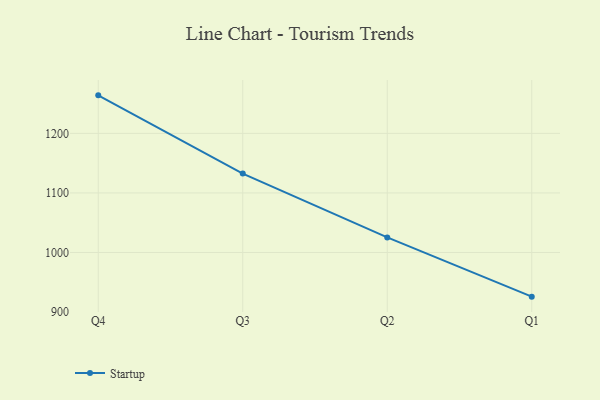
{"axis": {"x": "Quarter", "y": "Tickets Resolved"}, "legend": ["Startup"], "data": [{"x": "Q4", "y": 1263.9, "type": "Startup"}, {"x": "Q3", "y": 1132.5, "type": "Startup"}, {"x": "Q2", "y": 1025.3, "type": "Startup"}, {"x": "Q1", "y": 925.8, "type": "Startup"}]}